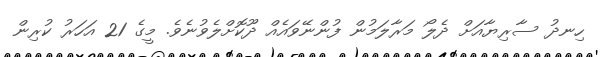
ހިނދު ސާރިޔާއަށް ދެލޯ މަރާލަމުން ފުންނޭވައެއް ދޫކޮށްލެވުނެވެ. މީގެ 21 އަހަރު ކުރިން